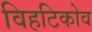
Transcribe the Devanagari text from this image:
विहटिकोव